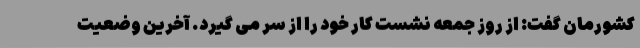
کشورمان گفت: از روز جمعه نشست کار خود را از سر می گیرد. آخرین وضعیت